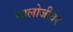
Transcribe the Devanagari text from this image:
मालोजीवर